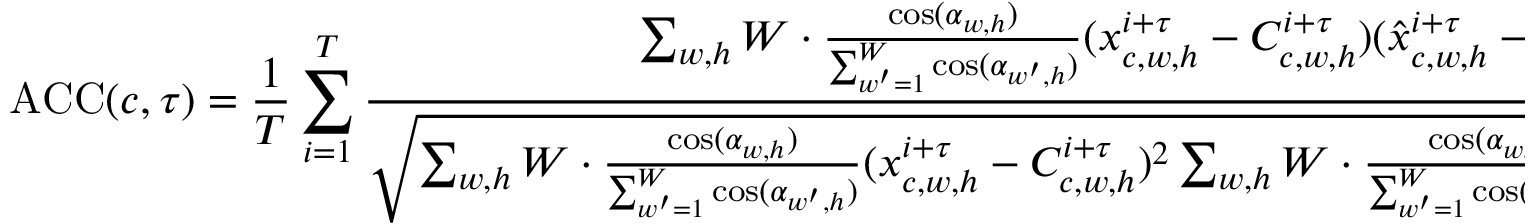
\operatorname { A C C } ( c , \tau ) = \frac { 1 } { T } \sum _ { i = 1 } ^ { T } \frac { \sum _ { w , h } W \cdot \frac { \cos ( \alpha _ { w , h } ) } { \sum _ { w ^ { \prime } = 1 } ^ { W } \cos ( \alpha _ { w ^ { \prime } , h } ) } ( x _ { c , w , h } ^ { i + \tau } - C _ { c , w , h } ^ { i + \tau } ) ( \hat { x } _ { c , w , h } ^ { i + \tau } - C _ { c , w , h } ^ { i + \tau } ) } { \sqrt { \sum _ { w , h } W \cdot \frac { \cos ( \alpha _ { w , h } ) } { \sum _ { w ^ { \prime } = 1 } ^ { W } \cos ( \alpha _ { w ^ { \prime } , h } ) } ( x _ { c , w , h } ^ { i + \tau } - C _ { c , w , h } ^ { i + \tau } ) ^ { 2 } \sum _ { w , h } W \cdot \frac { \cos ( \alpha _ { w , h } ) } { \sum _ { w ^ { \prime } = 1 } ^ { W } \cos ( \alpha _ { w ^ { \prime } , h } ) } ( \hat { x } _ { c , w , h } ^ { i + \tau } - C _ { c , w , h } ^ { i + \tau } ) ^ { 2 } } } ,